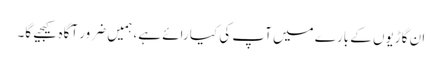
ان گاڑیوں کے بارے میں آپ کی کیا رائے ہے، ہمیں ضرور آگاہ کیجیے گا۔